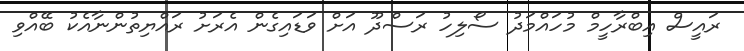
ރައީސް އިބްރާހީމް މުހައްމަދު ސޯލިހު ރަސްދޫ އަށް ވަޑައިގެން އެރަށު ރައްޔިތުންނާއެކު ބޭއްވި